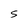
Character: S